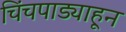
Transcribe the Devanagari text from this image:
चिंचपाड्याहून